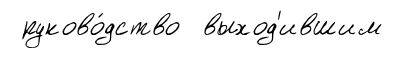
руково́дство выход'ившим